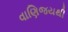
વાણિજયથી